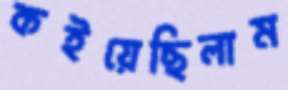
কইয়েছিলাম